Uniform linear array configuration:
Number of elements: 48
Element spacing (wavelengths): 0.75
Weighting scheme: uniform
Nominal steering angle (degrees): -45
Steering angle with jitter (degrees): -46.707
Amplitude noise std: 0.05
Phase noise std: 0.05

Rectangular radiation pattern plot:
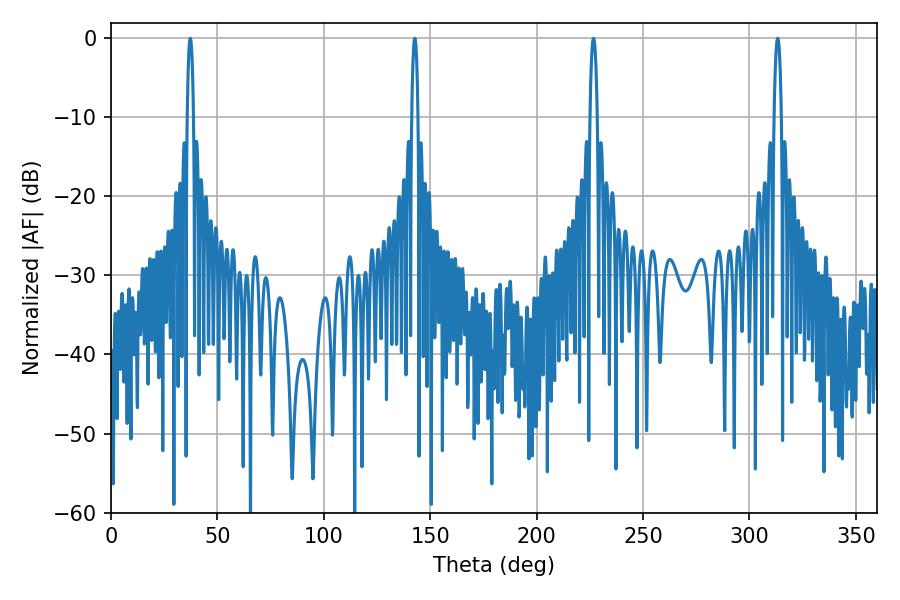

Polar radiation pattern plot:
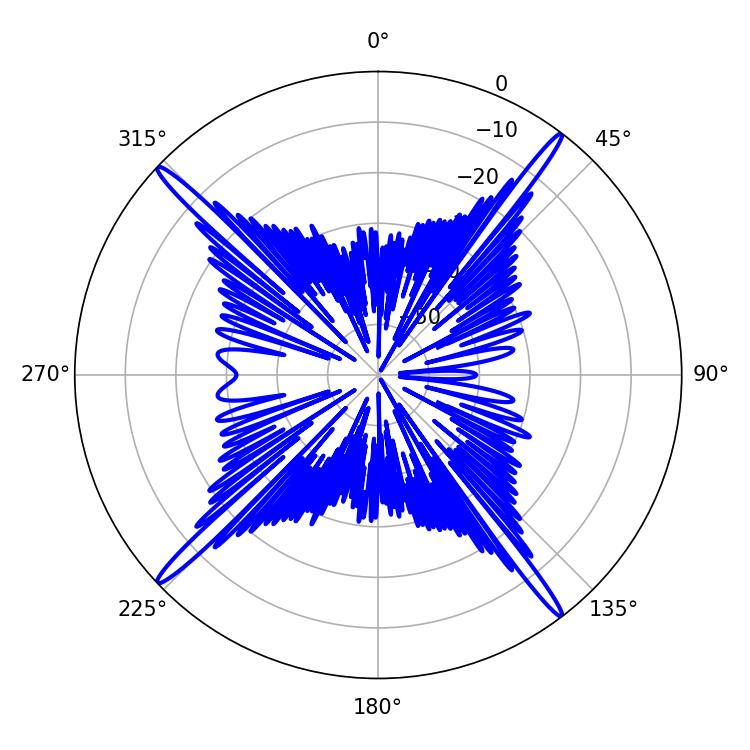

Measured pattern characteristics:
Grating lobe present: TRUE
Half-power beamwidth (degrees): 1.44
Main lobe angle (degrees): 37.26